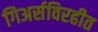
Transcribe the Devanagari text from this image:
गिअर्सविरहीत